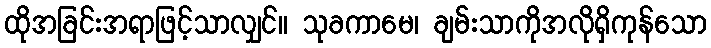
ထိုအခြင်းအရာဖြင့်သာလျှင်။ သုခကာမေ၊ ချမ်းသာကိုအလိုရှိကုန်သော